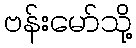
ဗန်းမော်သို့